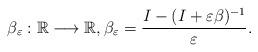
LaTeX: \begin{align*} \beta_{\varepsilon}: \mathbb{R} \longrightarrow \mathbb{R},\beta_{\varepsilon} = \frac{I - (I + \varepsilon \beta)^{-1}}{\varepsilon}. \end{align*}